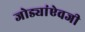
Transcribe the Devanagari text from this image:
जोड्यांऐवजी